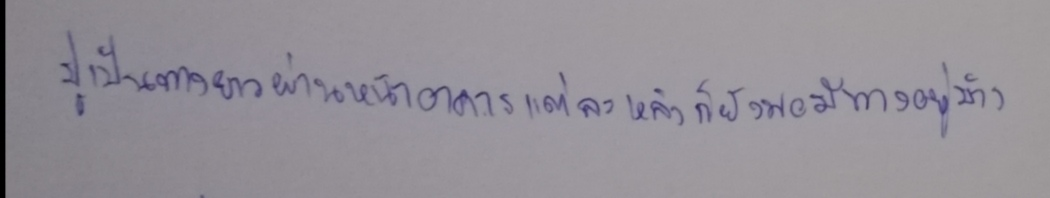
ปูเป็นทางยาวผ่านหน้าอาคารแต่ละหลังก็ยังพอมีอยู่บ้าง